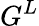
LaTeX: G^{L}